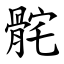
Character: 䯔